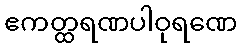
ဧကတ္ထရဏပါဝုရဏေ